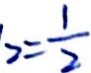
2 = \frac { 1 } { 2 }